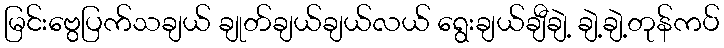
မြင်းဗွေပြက်သချယ် ချုတ်ချယ်ချယ်လယ် ရွေးချယ်ချီချဲ့ ချဲ့ချဲ့တုန်ကပ်